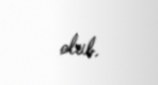
olub.